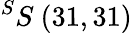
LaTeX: ^{S}S\ (31,31)